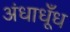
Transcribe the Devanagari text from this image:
अंधाधूँध